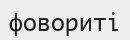
фовориті